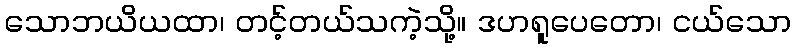
သောဘယိယထာ၊ တင့်တယ်သကဲ့သို့။ ဒဟရူပေတော၊ ငယ်သော